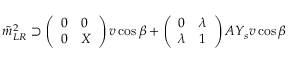
\tilde { m } _ { L R } ^ { 2 } \supset \left( \begin{array} { l l } { { 0 } } & { { 0 } } \\ { { 0 } } & { { X } } \end{array} \right) v \cos \beta + \left( \begin{array} { l l } { { 0 } } & { { \lambda } } \\ { { \lambda } } & { { 1 } } \end{array} \right) A Y _ { s } v \cos \beta